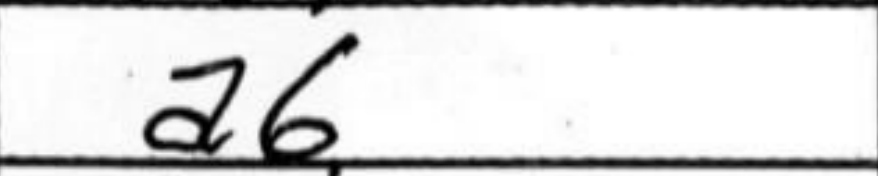
Transcription: a6